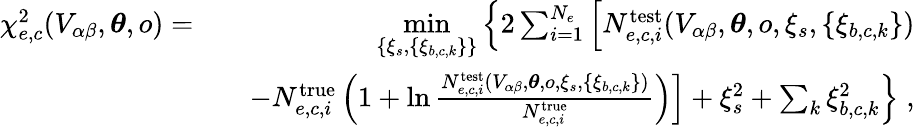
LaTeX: \begin{array}{rlr}{\chi_{e,c}^{2}(V_{\alpha\beta},\boldsymbol{\theta},o)=}&{}&{\underset{\left\{ \xi_{s},\{ \xi_{b,c,k}\} \right\} }{\mathrm{min}}\left\{ 2\sum_{i=1}^{N_{e}}\left[N_{e,c,i}^{\mathrm{test}}(V_{\alpha\beta},\boldsymbol{\theta},o,\xi_{s},\{ \xi_{b,c,k}\} )\right.\right.}\\ &{}&{\left.\left.-N_{e,c,i}^{\mathrm{true}}\left(1+\ln\frac{N_{e,c,i}^{\mathrm{test}}(V_{\alpha\beta},\boldsymbol{\theta},o,\xi_{s},\{ \xi_{b,c,k}\} )}{N_{e,c,i}^{\mathrm{true}}}\right)\right]+\xi_{s}^{2}+\sum_{k}\xi_{b,c,k}^{2}\right\} \; ,}\end{array}